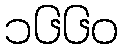
၁၆၆၀